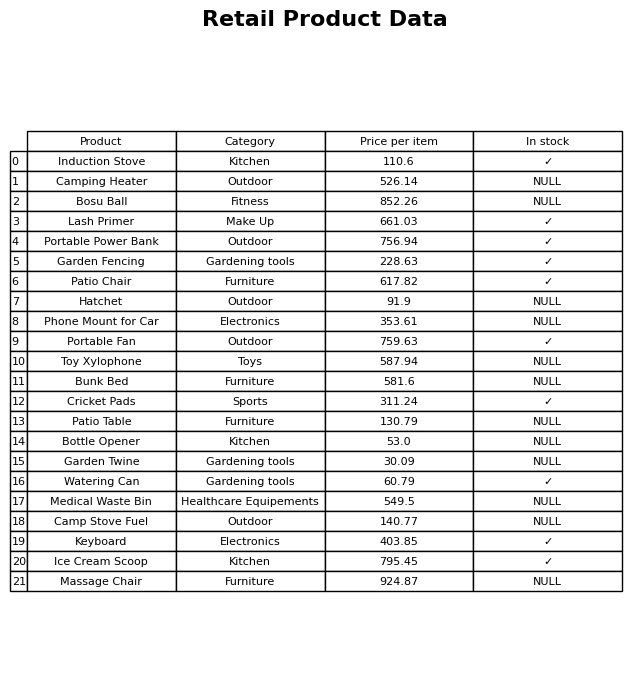
question: What is the price for Camping Heater?
answer: The price of Camping Heater is 526.14.